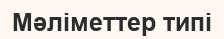
Мәліметтер типі